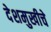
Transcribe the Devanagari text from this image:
देशमुखीचे